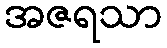
အဇရသာ